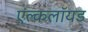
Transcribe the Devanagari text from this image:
एंल्कलॉयड